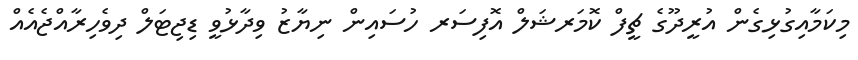
މިކަމާއިގުޅިގެން އުރީދޫގެ ޗީފް ކޮމަރޝަލް އޮފިސަރ ހުސައިން ނިޔާޒު ވިދާޅުވީ ޑިޖިޓަލް ދިވެހިރާއްޖެއެއް